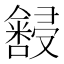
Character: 𫤆